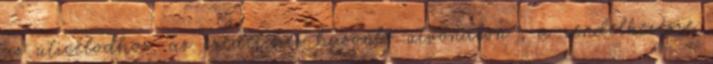
az úticélodhoz, az eredetihez hasonló útvonalon , a rendelkezésre